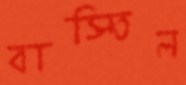
বাস্তিল